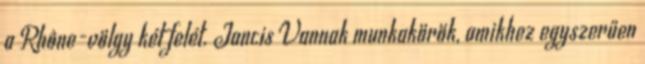
a Rhône-völgy két felét. Jancis Vannak munkakörök, amikhez egyszerűen